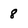
Character: 8